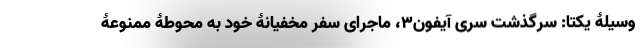
وسیلۀ یکتا: سرگذشت سرّی آیفون۳، ماجرای سفر مخفیانۀ خود به محوطۀ ممنوعۀ